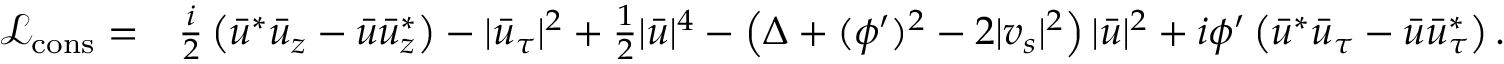
\begin{array} { r l } { { \mathcal { L } } _ { \mathrm { c o n s } } = } & { \frac { i } { 2 } \left( \bar { u } ^ { * } \bar { u } _ { z } - \bar { u } \bar { u } _ { z } ^ { * } \right) - | \bar { u } _ { \tau } | ^ { 2 } + \frac { 1 } { 2 } | \bar { u } | ^ { 4 } - \left( \Delta + ( \phi ^ { \prime } ) ^ { 2 } - 2 | v _ { s } | ^ { 2 } \right) | \bar { u } | ^ { 2 } + i \phi ^ { \prime } \left( \bar { u } ^ { * } \bar { u } _ { \tau } - \bar { u } \bar { u } _ { \tau } ^ { * } \right) . } \end{array}